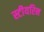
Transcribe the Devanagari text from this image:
स्टीयरिन